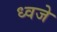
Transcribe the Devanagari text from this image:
ध्वजे